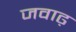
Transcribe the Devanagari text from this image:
जवाढ़